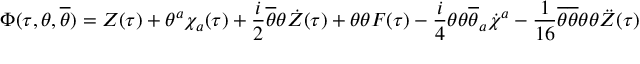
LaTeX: \Phi ( \tau , \theta , \overline { { { \theta } } } ) = Z ( \tau ) + \theta ^ { a } \chi _ { a } ( \tau ) + \frac { i } { 2 } \overline { { { \theta } } } \theta \dot { Z } ( \tau ) + \theta \theta F ( \tau ) - \frac { i } { 4 } \theta \theta \overline { { { \theta } } } _ { a } \dot { \chi } ^ { a } - \frac { 1 } { 1 6 } \overline { { { \theta } } } \overline { { { \theta } } } \theta \theta \ddot { Z } ( \tau )